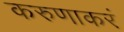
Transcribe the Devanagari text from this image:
करुणाकरं